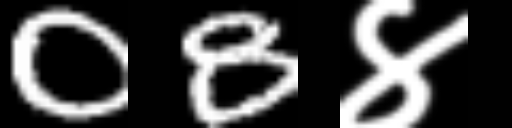
Text: 08४